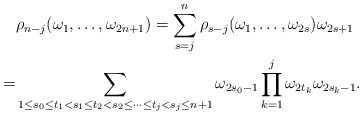
\begin{align*} &\rho_{n-j}(\omega_1,\ldots,\omega_{2n+1})=\sum_{s=j}^n\rho_{s-j}(\omega_1,\ldots,\omega_{2s})\omega_{2s+1}\\ =&\sum_{1\leq s_0\leq t_1< s_1\leq t_2<s_2\leq \cdots \leq t_j< s_j\leq n+1} \omega_{2s_0-1}\prod_{k=1}^j\omega_{2t_k}\omega_{2s_k-1}. \end{align*}